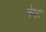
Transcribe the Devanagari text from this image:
नेपाः